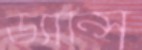
ড্যান্সি